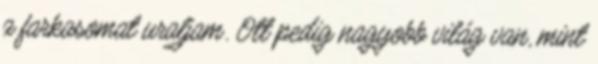
a farkasomat uraljam. Ott pedig nagyobb világ van, mint